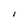
Character: l